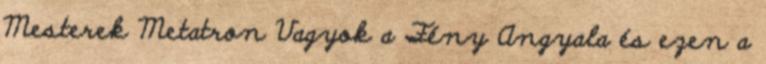
Mesterek Metatron Vagyok a Fény Angyala és ezen a